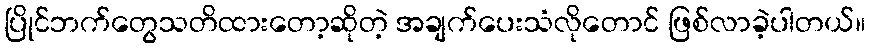
ပြိုင်ဘက်တွေသတိထားတော့ဆိုတဲ့ အချက်ပေးသံလိုတောင် ဖြစ်လာခဲ့ပါတယ်။